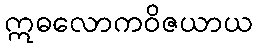
ဣဓလောကဝိဇယာယ